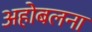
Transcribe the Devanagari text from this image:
अहोबलना